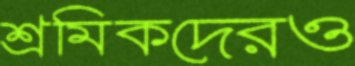
শ্রমিকদেরও